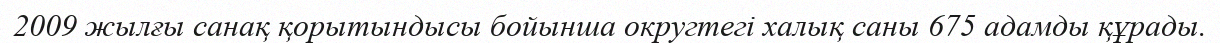
2009 жылғы санақ қорытындысы бойынша округтегі халық саны 675 адамды құрады.